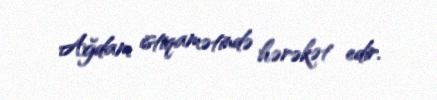
Ağdam istiqamətində hərəkət edir.